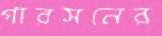
গারসনের